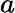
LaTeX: \displaystyle a